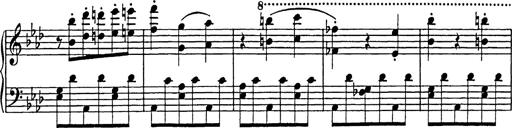
Title: Feuilles d'Album
Composer: Percy Godfrey